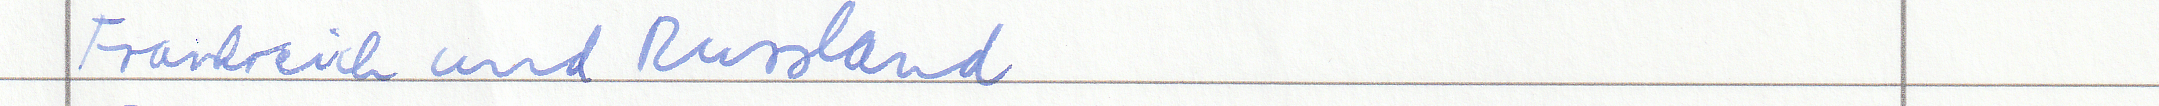
Frankreich und Russland